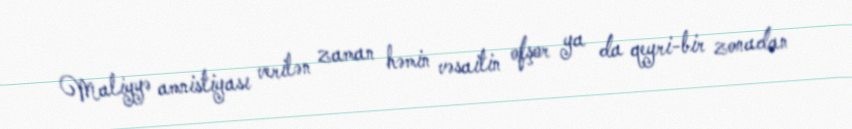
Maliyyə amnistiyası verilən zaman həmin vəsaitin ofşor ya da qeyri-bir zonadan